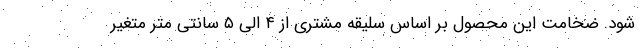
شود. ضخامت این محصول بر اساس سلیقه مشتری از ۴ الی ۵ سانتی متر متغیر